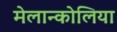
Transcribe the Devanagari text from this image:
मेलान्कोलिया